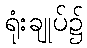
ရုံးချုပ်၌